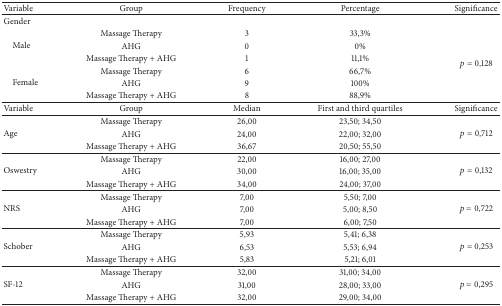
<table><thead><tr><td><b>Variable</b></td><td><b>Group</b></td><td><b>Frequency</b></td><td><b>Percentage</b></td><td><b>Significance</b></td></tr></thead><tbody><tr><td>Gender</td><td> </td><td> </td><td> </td><td> </td></tr><tr><td rowspan="3"> Male</td><td>Massage Therapy</td><td>3</td><td>33,3%</td><td rowspan="6"><i>p</i> = 0,128</td></tr><tr><td>AHG</td><td>0</td><td>0%</td></tr><tr><td>Massage Therapy + AHG</td><td>1</td><td>11,1%</td></tr><tr><td rowspan="3"> Female</td><td>Massage Therapy</td><td>6</td><td>66,7%</td></tr><tr><td>AHG</td><td>9</td><td>100%</td></tr><tr><td>Massage Therapy + AHG</td><td>8</td><td>88,9%</td></tr><tr><td>Variable</td><td>Group</td><td>Median</td><td>First and third quartiles</td><td>Significance</td></tr><tr><td rowspan="3">Age</td><td>Massage Therapy</td><td>26,00</td><td>23,50; 34,50</td><td rowspan="3"><i>p</i> = 0,712</td></tr><tr><td>AHG</td><td>24,00</td><td>22,00; 32,00</td></tr><tr><td>Massage Therapy + AHG</td><td>36,67</td><td>20,50; 55,50</td></tr><tr><td rowspan="3">Oswestry</td><td>Massage Therapy</td><td>22,00</td><td>16,00; 27,00</td><td rowspan="3"><i>p</i> = 0,132</td></tr><tr><td>AHG</td><td>30,00</td><td>16,00; 35,00</td></tr><tr><td>Massage Therapy + AHG</td><td>34,00</td><td>24,00; 37,00</td></tr><tr><td rowspan="3">NRS</td><td>Massage Therapy</td><td>7,00</td><td>5,50; 7,00</td><td rowspan="3"><i>p</i> = 0,722</td></tr><tr><td>AHG</td><td>7,00</td><td>5,00; 8,50</td></tr><tr><td>Massage Therapy + AHG</td><td>7,00</td><td>6,00; 7,50</td></tr><tr><td rowspan="3">Schober</td><td>Massage Therapy</td><td>5,93</td><td>5,41; 6,38</td><td rowspan="3"><i>p</i> = 0,253</td></tr><tr><td>AHG</td><td>6,53</td><td>5,53; 6,94</td></tr><tr><td>Massage Therapy + AHG</td><td>5,83</td><td>5,21; 6,01</td></tr><tr><td rowspan="3">SF-12</td><td>Massage Therapy</td><td>32,00</td><td>31,00; 34,00</td><td rowspan="3"><i>p</i> = 0,295</td></tr><tr><td>AHG</td><td>31,00</td><td>28,00; 33,00</td></tr><tr><td>Massage Therapy + AHG</td><td>32,00</td><td>29,00; 34,00</td></tr></tbody></table>